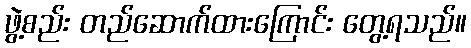
ဖွဲ့စည်း တည်ဆောက်ထားကြောင်း တွေ့ရသည်။